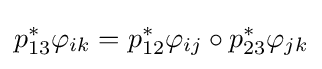
p_{13}^{*}\varphi _{ik}=p_{12}^{*}\varphi _{ij}\circ p_{23}^{*}\varphi _{jk}